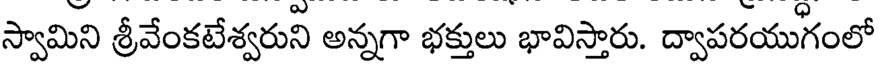
స్వామిని శ్రీవేంకటేశ్వరుని అన్నగా భక్తులు భావిస్తారు. ద్వాపరయుగంలో